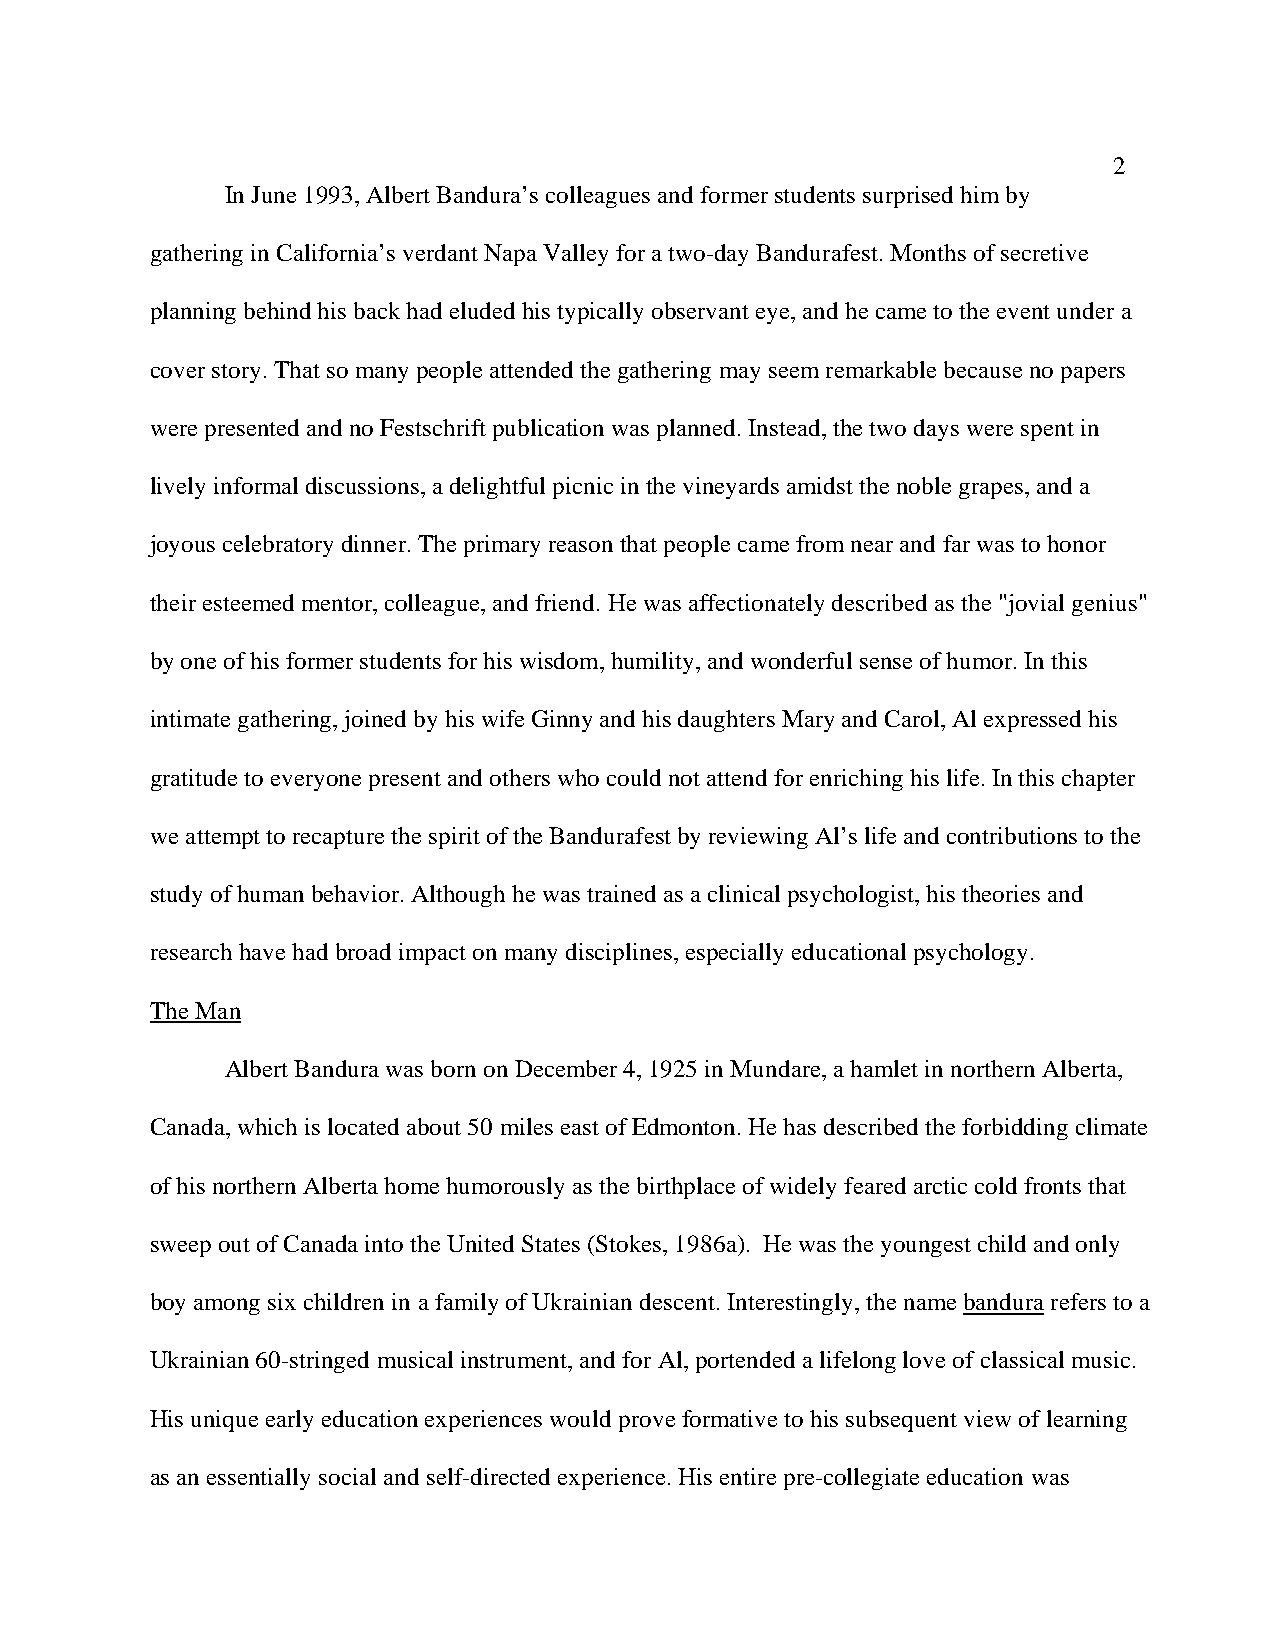
2
 In June 1993, Albert Bandura’s colleagues and former students surprised him by
 gathering in California’s verdant Napa Valley for a two-day Bandurafest. Months of secretive
 planning behind his back had eluded his typically observant eye, and he came to the event under a
 cover story. That so many people attended the gathering may seem remarkable because no papers
 were presented and no Festschrift publication was planned. Instead, the two days were spent in
 lively informal discussions, a delightful picnic in the vineyards amidst the noble grapes, and a
 joyous celebratory dinner. The primary reason that people came from near and far was to honor
 their esteemed mentor, colleague, and friend. He was affectionately described as the "jovial genius"
 by one of his former students for his wisdom, humility, and wonderful sense of humor. In this
 intimate gathering, joined by his wife Ginny and his daughters Mary and Carol, Al expressed his
 gratitude to everyone present and others who could not attend for enriching his life. In this chapter
 we attempt to recapture the spirit of the Bandurafest by reviewing Al’s life and contributions to the
 study of human behavior. Although he was trained as a clinical psychologist, his theories and
 research have had broad impact on many disciplines, especially educational psychology.
 The Man
 Albert Bandura was born on December 4, 1925 in Mundare, a hamlet in northern Alberta,
 Canada, which is located about 50 miles east of Edmonton. He has described the forbidding climate
 of his northern Alberta home humorously as the birthplace of widely feared arctic cold fronts that
 sweep out of Canada into the United States (Stokes, 1986a). He was the youngest child and only
 boy among six children in a family of Ukrainian descent. Interestingly, the name bandura refers to a
 Ukrainian 60-stringed musical instrument, and for Al, portended a lifelong love of classical music.
 His unique early education experiences would prove formative to his subsequent view of learning
 as an essentially social and self-directed experience. His entire pre-collegiate education was